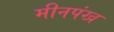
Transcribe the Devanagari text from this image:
मीनपंख